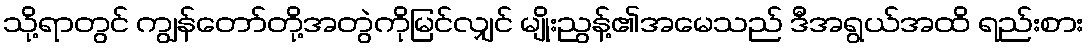
သို့ရာတွင် ကျွန်တော်တို့အတွဲကိုမြင်လျှင် မျိုးညွန့်၏အမေသည် ဒီအရွယ်အထိ ရည်းစား